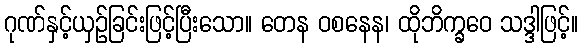
ဂုဏ်နှင့်ယှဉ်ခြင်းဖြင့်ပြီးသော။ တေန ဝစနေန၊ ထိုဘိက္ခဝေ သဒ္ဒါဖြင့်။